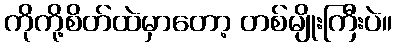
ကိုကို့စိတ်ထဲမှာတော့ တစ်မျိုးကြီးပဲ။